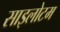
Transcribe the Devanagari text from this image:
साइलोटम